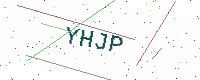
Text: YHJP